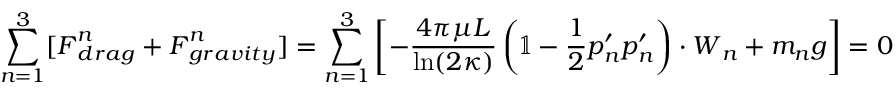
\sum _ { n = 1 } ^ { 3 } [ \boldsymbol { F } _ { d r a g } ^ { n } + \boldsymbol { F } _ { g r a v i t y } ^ { n } ] = \sum _ { n = 1 } ^ { 3 } \left[ - \frac { 4 \pi \mu L } { \ln ( 2 \kappa ) } \left( \mathbb { 1 } - \frac { 1 } { 2 } \boldsymbol { p } _ { n } ^ { \prime } \boldsymbol { p } _ { n } ^ { \prime } \right) \cdot \boldsymbol { W } _ { n } + m _ { n } \boldsymbol { g } \right] = 0